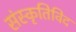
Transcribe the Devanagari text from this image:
संस्कृतिविद